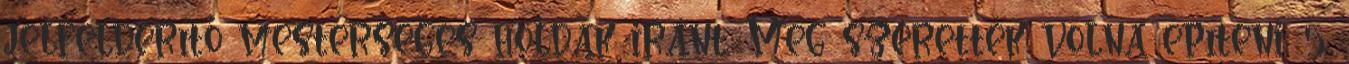
jelfelderítő mesterséges holdak iránt. Meg szerették volna építeni. 5.